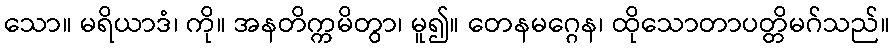
သော။ မရိယာဒံ၊ ကို။ အနတိက္ကမိတွာ၊ မူ၍။ တေနမဂ္ဂေန၊ ထိုသောတာပတ္တိမဂ်သည်။